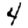
Digit: 4